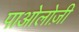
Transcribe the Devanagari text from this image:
पाओलोज़ी